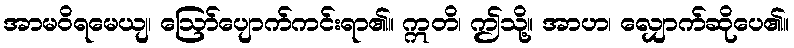
အာမဝိရမေယျ၊ ဩော်ပျောက်ကင်းရာ၏။ ဣတိ၊ ဤသို့။ အာဟ၊ လျှောက်ဆိုပေ၏။